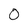
Character: 0